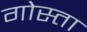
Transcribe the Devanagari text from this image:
गोस्ता